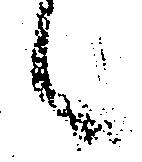
候